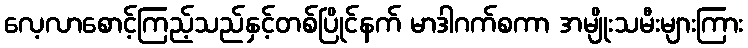
လေ့လာစောင့်ကြည့်သည်နှင့်တစ်ပြိုင်နက် မာဒါဂက်စကာ အမျိုးသမီးများကြား